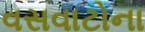
વસવાટોના